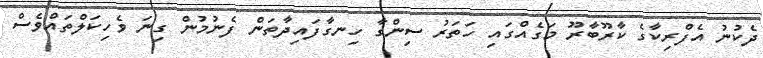
ދެކުނު އެފްރިކާގެ ކާރޫބާރޫ މަގެއްގައި ހަތަރު ސިންގާާ ހިނގާފައިދާތަން ފެނުމުން ގިނަ ވެހިކަލްތައްވެސް